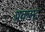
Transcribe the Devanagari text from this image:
प्रकन्द